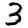
Digit: 3